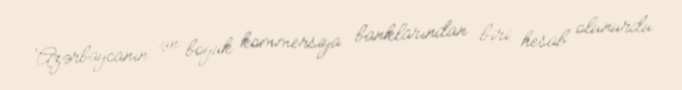
Azərbaycanın ən böyük kommersiya banklarından biri hesab olunurdu.